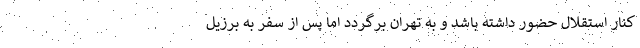
کنار استقلال حضور داشته باشد و به تهران برگردد اما پس از سفر به برزیل